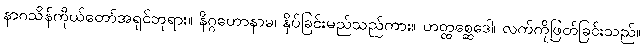
နာဂသိန်ကိုယ်တော်အရှင်ဘုရား။ နိဂ္ဂဟောနာမ၊ နှိပ်ခြင်းမည်သည်ကား။ ဟတ္ထစ္ဆေဒေါ၊ လက်ကိုဖြတ်ခြင်းသည်။